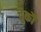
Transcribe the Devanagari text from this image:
चुकौ